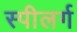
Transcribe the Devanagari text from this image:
स्पीलर्ग